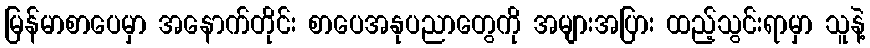
မြန်မာစာပေမှာ အနောက်တိုင်း စာပေအနုပညာတွေကို အများအပြား ထည့်သွင်းရာမှာ သူနဲ့